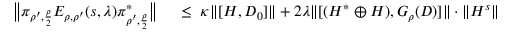
\begin{array} { r l } { \big \| \pi _ { \rho ^ { \prime } , \frac { \rho } { 2 } } E _ { \rho , \rho ^ { \prime } } ( s , \lambda ) \pi _ { \rho ^ { \prime } , \frac { \rho } { 2 } } ^ { * } \big \| } & { { } \; \leq \; \kappa \| [ H , D _ { 0 } ] \| + 2 \lambda \| [ ( H ^ { * } \oplus H ) , G _ { \rho } ( D ) ] \| \cdot \| H ^ { s } \| } \end{array}